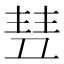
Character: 𬻥